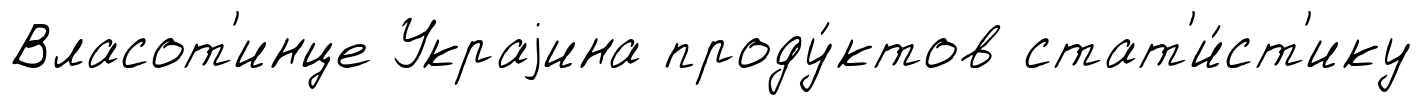
Власот'инце Украjина проду́ктов стат'и́ст'ику